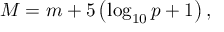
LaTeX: M = m + 5 \left( \log _ { 1 0 } p + 1 \right) ,